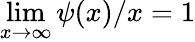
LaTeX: \operatorname*{lim}_{x\to\infty}\psi(x)/x=1